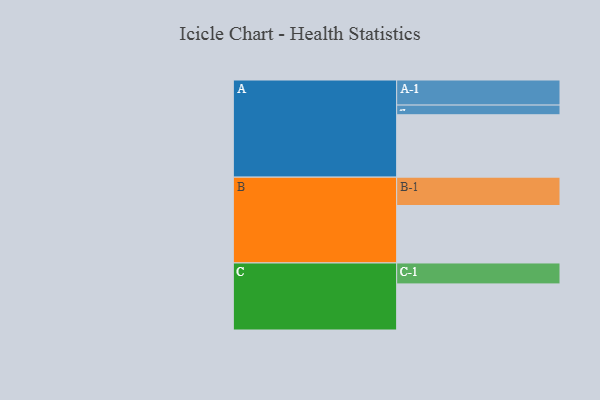
{"axis": {"x": "Segment", "y": "Value"}, "legend": ["", "A", "B", "C"], "data": [{"x": "A", "y": 555, "type": ""}, {"x": "B", "y": 511, "type": ""}, {"x": "C", "y": 410, "type": ""}, {"x": "A-1", "y": 223, "type": "A"}, {"x": "A-2", "y": 86, "type": "A"}, {"x": "B-1", "y": 252, "type": "B"}, {"x": "C-1", "y": 186, "type": "C"}]}